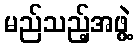
မည်သည့်အဖွဲ့